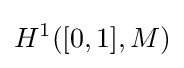
H^{1}([0,1],M)